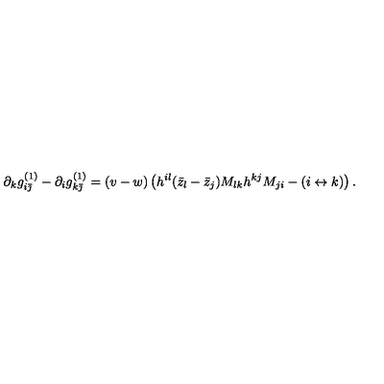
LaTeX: \partial _ { k } g _ { i \bar { \jmath } } ^ { ( 1 ) } - \partial _ { i } g _ { k \bar { \jmath } } ^ { ( 1 ) } = ( v - w ) \left( h ^ { i l } ( \bar { z } _ { l } - \bar { z } _ { j } ) M _ { l k } h ^ { k j } M _ { j i } - ( i \leftrightarrow k ) \right) .